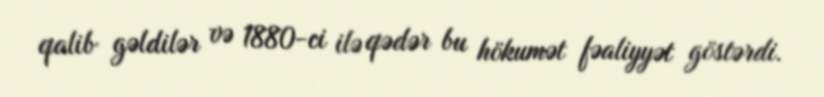
qalib gəldilər və 1880-ci ilə qədər bu hökumət fəaliyyət göstərdi.